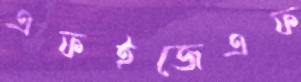
এফইজেএফ